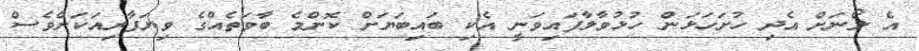
އެ ލޯނަށް އެދި ހުށަހަޅަން ހުޅުވާލާފައިވަނީ އެކި ބައިބަޔަށް ކޮންމެ ބާވަތެއްގެ ވިޔަފާރިއަކަށްވެސް